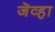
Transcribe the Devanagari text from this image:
जॆव्हा